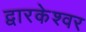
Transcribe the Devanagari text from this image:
द्वारकेश्वर